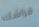
فراشك